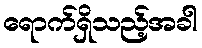
ရောက်ရှိသည့်အခါ